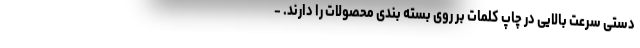
دستی سرعت بالایی در چاپ کلمات بر روی بسته بندی محصولات را دارند. -